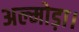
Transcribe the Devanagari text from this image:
अल्मोड़ा।